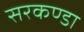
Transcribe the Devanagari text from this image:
सरकण्डा